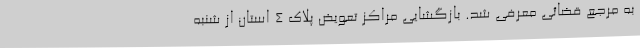
به مرجع قضائی معرفی شد. بازگشایی مراکز تعویض پلاک ۴ استان از شنبه